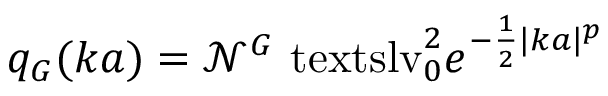
q _ { G } ( k a ) = \mathcal { N } ^ { G } \ensuremath { \mathrm { \ t e x t s l { v } } _ { 0 } } ^ { 2 } e ^ { - \frac { 1 } { 2 } | k a | ^ { p } }